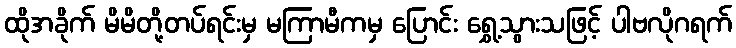
ထိုအခိုက် မိမိတို့တပ်ရင်းမှ မကြာမီကမှ ပြောင်း ရွှေ့သွားသဖြင့် ပါဗလိုဂရက်